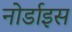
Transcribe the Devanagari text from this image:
नोर्डाइस